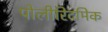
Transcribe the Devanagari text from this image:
पोलीरिदमिक